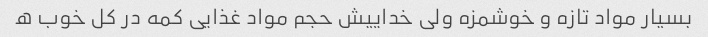
بسیار مواد تازه و خوشمزه ولی خداییش حجم مواد غذایی کمه در کل خوب ه